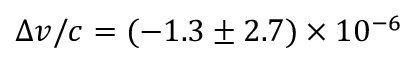
\Delta v / c = ( - 1 . 3 \pm 2 . 7 ) \times 1 0 ^ { - 6 }